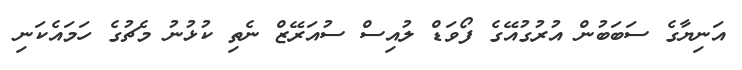
އަނިޔާގެ ސަބަބުން އުރުގުއޭގެ ފޯވަޑް ލުއިސް ސުއަރޭޒް ނެތި ކުޅުނު މެޗުގެ ހަމައެކަނި